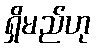
ရှိမည်ဟု